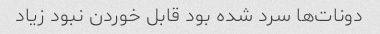
دونات‌ها سرد شده بود قابل خوردن نبود زیاد